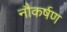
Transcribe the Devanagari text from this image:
नौकर्षण